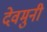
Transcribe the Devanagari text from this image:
देवमुनी